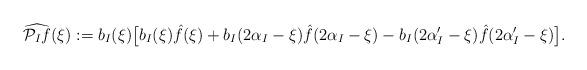
LaTeX: \begin{align*} \widehat{\mathcal{P}_If}(\xi) := b_I(\xi)\bigl[ b_I(\xi)\hat{f}(\xi) +b_I(2\alpha_I-\xi)\hat{f}(2\alpha_I-\xi)- b_I(2\alpha'_I-\xi)\hat{f}(2\alpha'_I-\xi)\bigr].\end{align*}